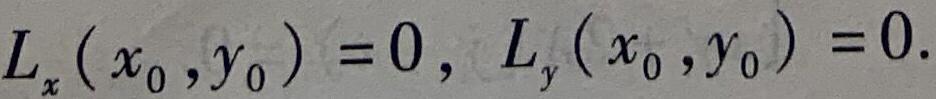
$L_x\left(x_0,y_0\right)=0,\ L_y\left(x_0,y_0\right)=0.$